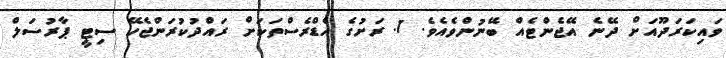
ވައިކަރަދޫއަށް ދޭނެ އޭޖެންޓެއް ބޭނުންވެއެވެ. 1. ރަށުގެ އެޑްރެސްތަކަށް ރައްދުކުރަންޖެހޭ ސިޓީ ޕާރުސަލް